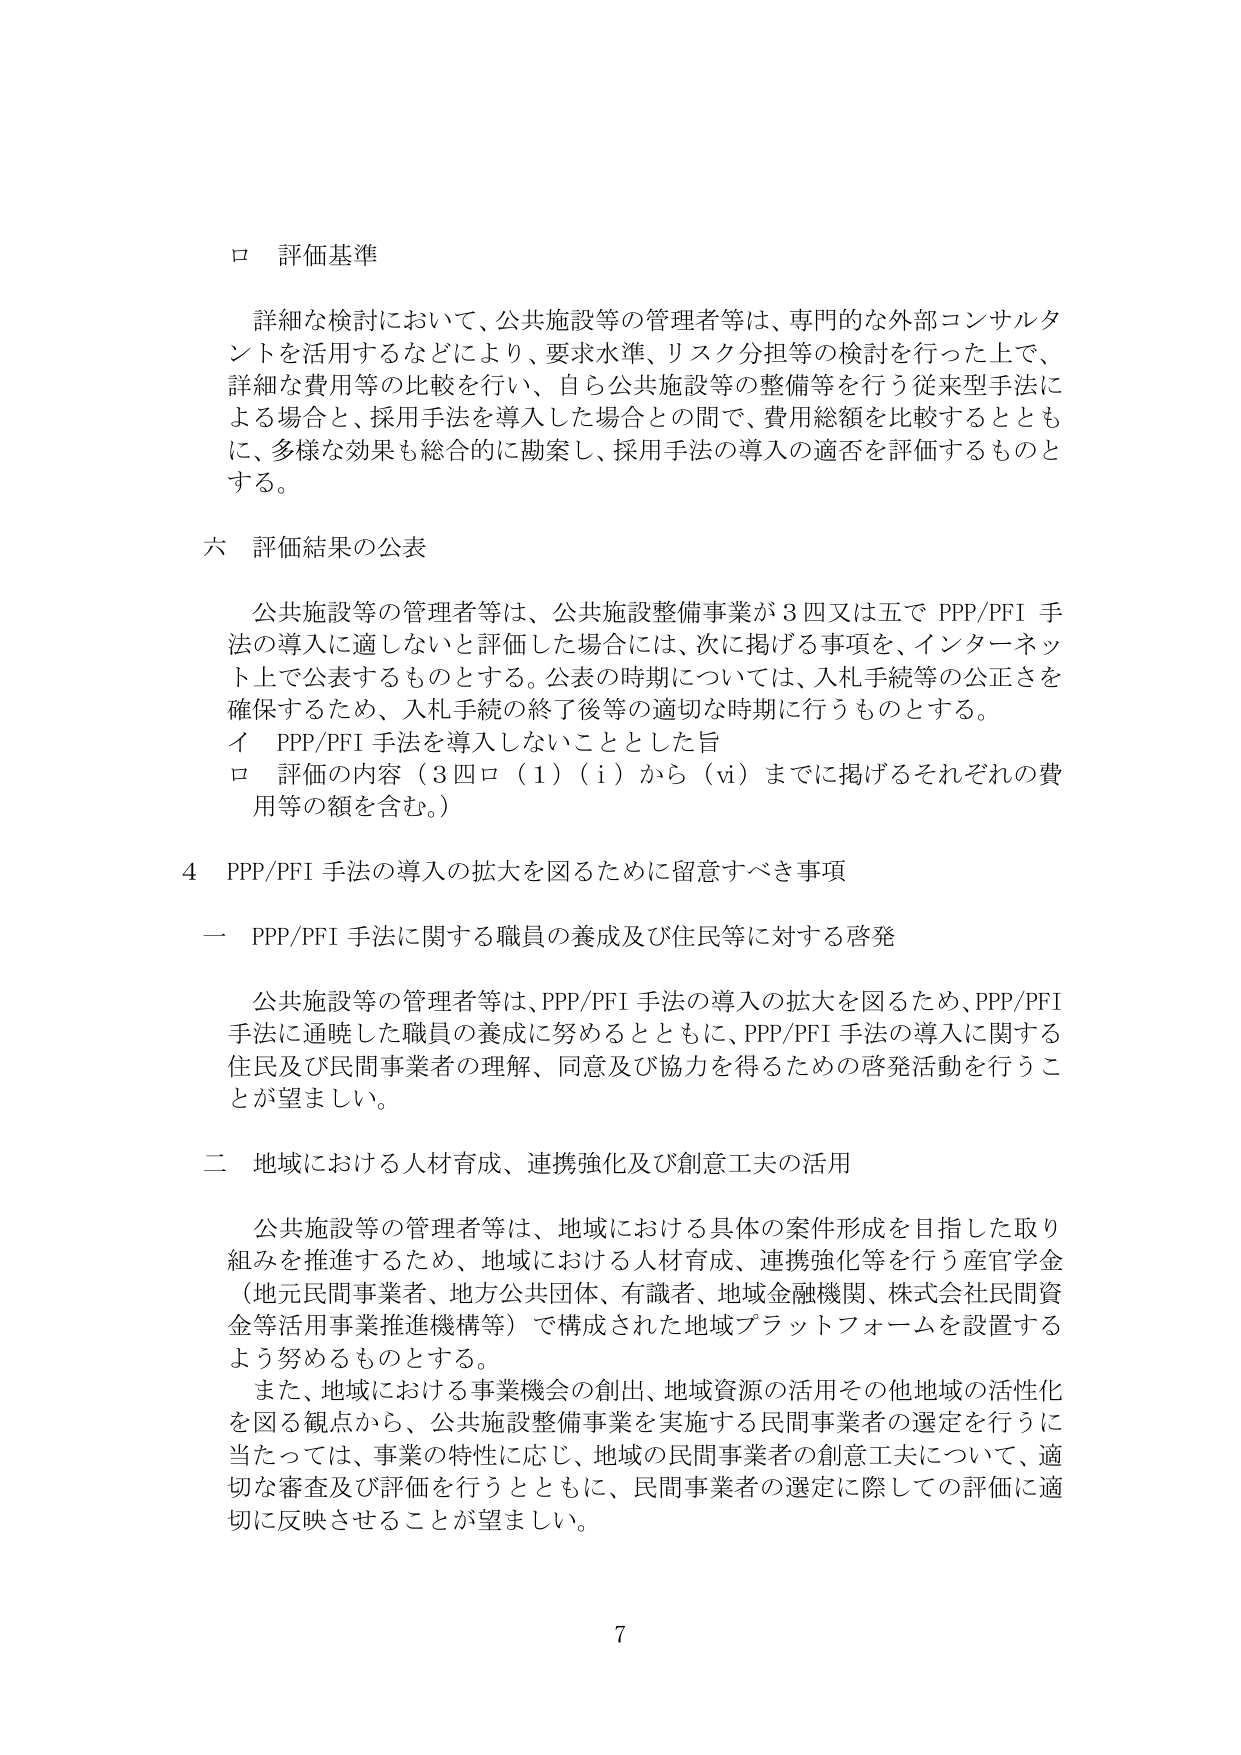
ロ 評価基準

詳細な検討において、公共施設等の管理者等は、専門的な外部コンサルタントを活用するなどにより、要求水準、リスク分担等の検討を行った上で、詳細な費用等の比較を行い、自ら公共施設等の整備等を行う従来型手法による場合と、採用手法を導入した場合との間で、費用総額を比較するとともに、多様な効果も総合的に勘案し、採用手法の導入の適否を評価するものとする。

六 評価結果の公表

公共施設等の管理者等は、公共施設整備事業が３四又は五で PPP/PFI 手法の導入に適しないと評価した場合には、次に掲げる事項を、インターネット上で公表するものとする。公表の時期については、入札手続等の公正を確保するため、入札手続の終了後等の適切な時期に行うものとする。
イ PPP/PFI 手法を導入しないこととした旨
ロ 評価の内容（３四ロ（1）（i）から（vi）までに掲げるそれぞれの費用等の額を含む。）

4 PPP/PFI 手法の導入の拡大を図るために留意すべき事項

一 PPP/PFI 手法に関する職員の養成及び住民等に対する啓発

公共施設等の管理者等は、PPP/PFI 手法の導入の拡大を図るため、PPP/PFI 手法に通暁した職員の養成に努めるとともに、PPP/PFI 手法の導入に関する住民及び民間事業者の理解、同意及び協力を得るための啓発活動を行うことが望ましい。

二 地域における人材育成、連携強化及び創意工夫の活用

公共施設等の管理者等は、地域における具体的案件形成を目指した取り組みを推進するため、地域における人材育成、連携強化等を行う産官学金（地元民間事業者、地方公共団体、有識者、地域金融機関、株式会社民間資金等活用事業推進機構等）で構成された地域プラットフォームを設置するよう努めるものとする。
また、地域における事業機会の創出、地域資源の活用その他地域の活性化を図る観点から、公共施設整備事業を実施する民間事業者の選定を行うに当たっては、事業の特性に応じ、地域の民間事業者の創意工夫について、適切な審査及び評価を行うとともに、民間事業者の選定に際しての評価に適切に反映させることが望ましい。

7